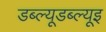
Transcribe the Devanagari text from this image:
डब्ल्यूडब्ल्यूइ